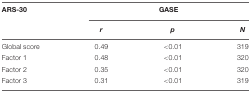
<table><thead><tr><td><b>ARS-30</b></td><td colspan="3"><b>GASE</b></td></tr><tr><td></td><td><b><i>r</i></b></td><td><b><i>p</i></b></td><td><b><i>N</i></b></td></tr></thead><tbody><tr><td>Global score</td><td>0.49</td><td>&lt;0.01</td><td>319</td></tr><tr><td>Factor 1</td><td>0.48</td><td>&lt;0.01</td><td>320</td></tr><tr><td>Factor 2</td><td>0.35</td><td>&lt;0.01</td><td>320</td></tr><tr><td>Factor 3</td><td>0.31</td><td>&lt;0.01</td><td>319</td></tr></tbody></table>